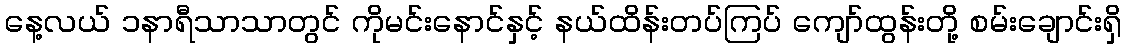
နေ့လယ် ၁နာရီသာသာတွင် ကိုမင်းနောင်နှင့် နယ်ထိန်းတပ်ကြပ် ကျော်ထွန်းတို့ စမ်းချောင်းရှိ